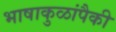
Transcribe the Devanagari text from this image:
भाषाकुळांपैकी